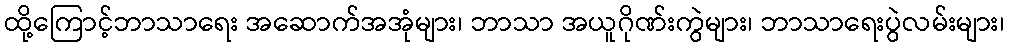
ထို့ကြောင့်ဘာသာရေး အဆောက်အအုံများ၊ ဘာသာ အယူဂိုဏ်းကွဲများ၊ ဘာသာရေးပွဲလမ်းများ၊